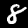
Label: 8